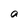
Character: a